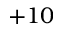
+ 1 0